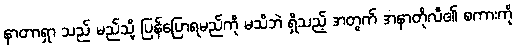
နာတာရှာ သည် မည်သို့ ပြန်ပြောရမည်ကို မသိဘဲ ရှိသည့် အတွက် အနာတိုလီ၏ စကားကို